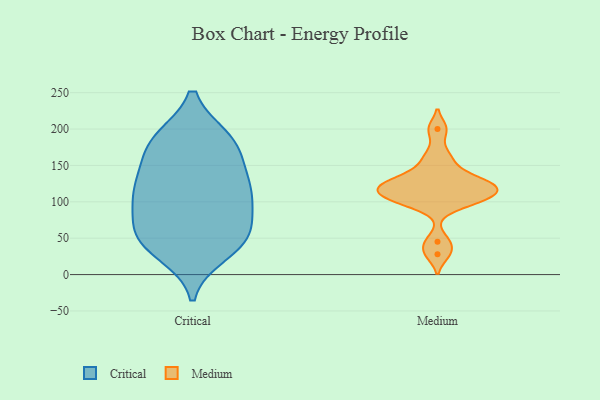
{"axis": {"x": "Tickets Resolved", "y": "Value"}, "legend": ["Critical", "Medium"], "data": [{"x": "", "y": 107, "type": "Critical"}, {"x": "", "y": 30, "type": "Critical"}, {"x": "", "y": 123, "type": "Critical"}, {"x": "", "y": 186, "type": "Critical"}, {"x": "", "y": 62, "type": "Critical"}, {"x": "", "y": 185, "type": "Critical"}, {"x": "", "y": 57, "type": "Critical"}, {"x": "", "y": 47, "type": "Critical"}, {"x": "", "y": 149, "type": "Critical"}, {"x": "", "y": 105, "type": "Critical"}, {"x": "", "y": 185, "type": "Critical"}, {"x": "", "y": 135, "type": "Critical"}, {"x": "", "y": 45, "type": "Critical"}, {"x": "", "y": 94, "type": "Critical"}, {"x": "", "y": 48, "type": "Critical"}, {"x": "", "y": 176, "type": "Critical"}, {"x": "", "y": 110, "type": "Critical"}, {"x": "", "y": 200, "type": "Medium"}, {"x": "", "y": 120, "type": "Medium"}, {"x": "", "y": 99, "type": "Medium"}, {"x": "", "y": 164, "type": "Medium"}, {"x": "", "y": 128, "type": "Medium"}, {"x": "", "y": 109, "type": "Medium"}, {"x": "", "y": 146, "type": "Medium"}, {"x": "", "y": 129, "type": "Medium"}, {"x": "", "y": 28, "type": "Medium"}, {"x": "", "y": 118, "type": "Medium"}, {"x": "", "y": 106, "type": "Medium"}, {"x": "", "y": 100, "type": "Medium"}, {"x": "", "y": 122, "type": "Medium"}, {"x": "", "y": 45, "type": "Medium"}]}